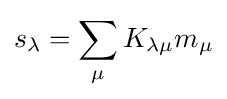
s_{\lambda }=\sum _{\mu }K_{\lambda \mu }m_{\mu }